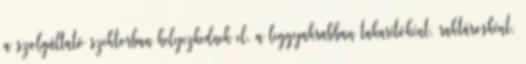
a szolgáltató szektorban helyezkednek el, a leggyakrabban takarítóként, raktárosként,